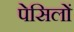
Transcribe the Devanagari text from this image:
पेसिलों